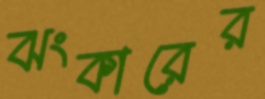
ঝংকারের